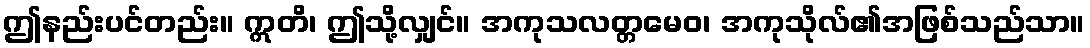
ဤနည်းပင်တည်း။ ဣတိ၊ ဤသို့လျှင်။ အကုသလတ္တမေဝ၊ အကုသိုလ်၏အဖြစ်သည်သာ။